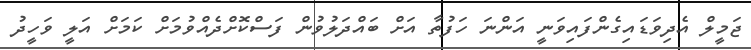
ޖަމީލް އެދިވަޑައިގެންފައިވަނީ އަންނަ ހަފުތާ އަށް ބައްދަލުވުން ފަސްކޮށްދެއްވުމަށް ކަމަށް އަލީ ވަހީދު